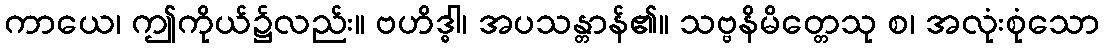
ကာယေ၊ ဤကိုယ်၌လည်း။ ဗဟိဒ္ဓါ၊ အပသန္တာန်၏။ သဗ္ဗနိမိတ္တေသု စ၊ အလုံးစုံသော